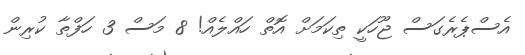
އެސްޕެރެގަސް ޖޫހަކީ ތިކަމަށް އޮތް ހައްލެއް! 8 މަސް 3 ހަފްތާ ކުރިން